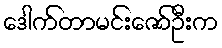
ဒေါက်တာမင်းဇော်ဦးက